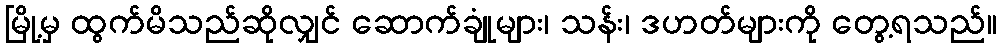
မြို့မှ ထွက်မိသည်ဆိုလျှင် ဆောက်ချုံများ၊ သန်း၊ ဒဟတ်များကို တွေ့ရသည်။